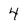
Character: 4